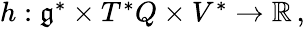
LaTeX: \begin{array}{r}{h:\mathfrak{g}^{*}\times T^{*}Q\times V^{*}\rightarrow\mathbb{R}\, ,}\end{array}